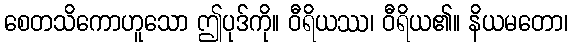
စေတသိကောဟူသော ဤပုဒ်ကို။ ဝီရိယဿ၊ ဝီရိယ၏။ နိယမတော၊